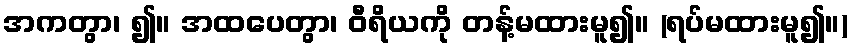
အကတွာ၊ ၍။ အထပေတွာ၊ ဝီရိယကို တန့်မထားမူ၍။ (ရပ်မထားမူ၍။)